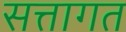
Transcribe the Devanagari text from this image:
सत्तागत